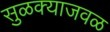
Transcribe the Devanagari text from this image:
सुळक्याजवळ